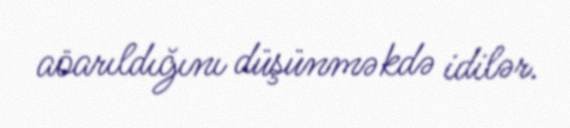
aöarıldığını düşünməkdə idilər.